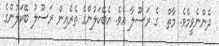
ދެންނެވީމެވެ. މާތް  ގެ ރަސޫލާ އެވެ. އެބޭކަލުންގެ ތެރެއިން ރަސޫލު ބޭކަލުންގެ